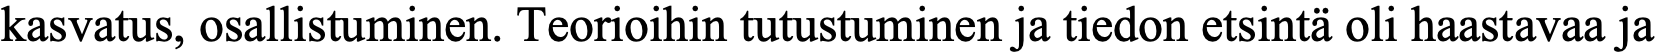
kasvatus, osallistuminen. Teorioihin tutustuminen ja tiedon etsintä oli haastavaa ja